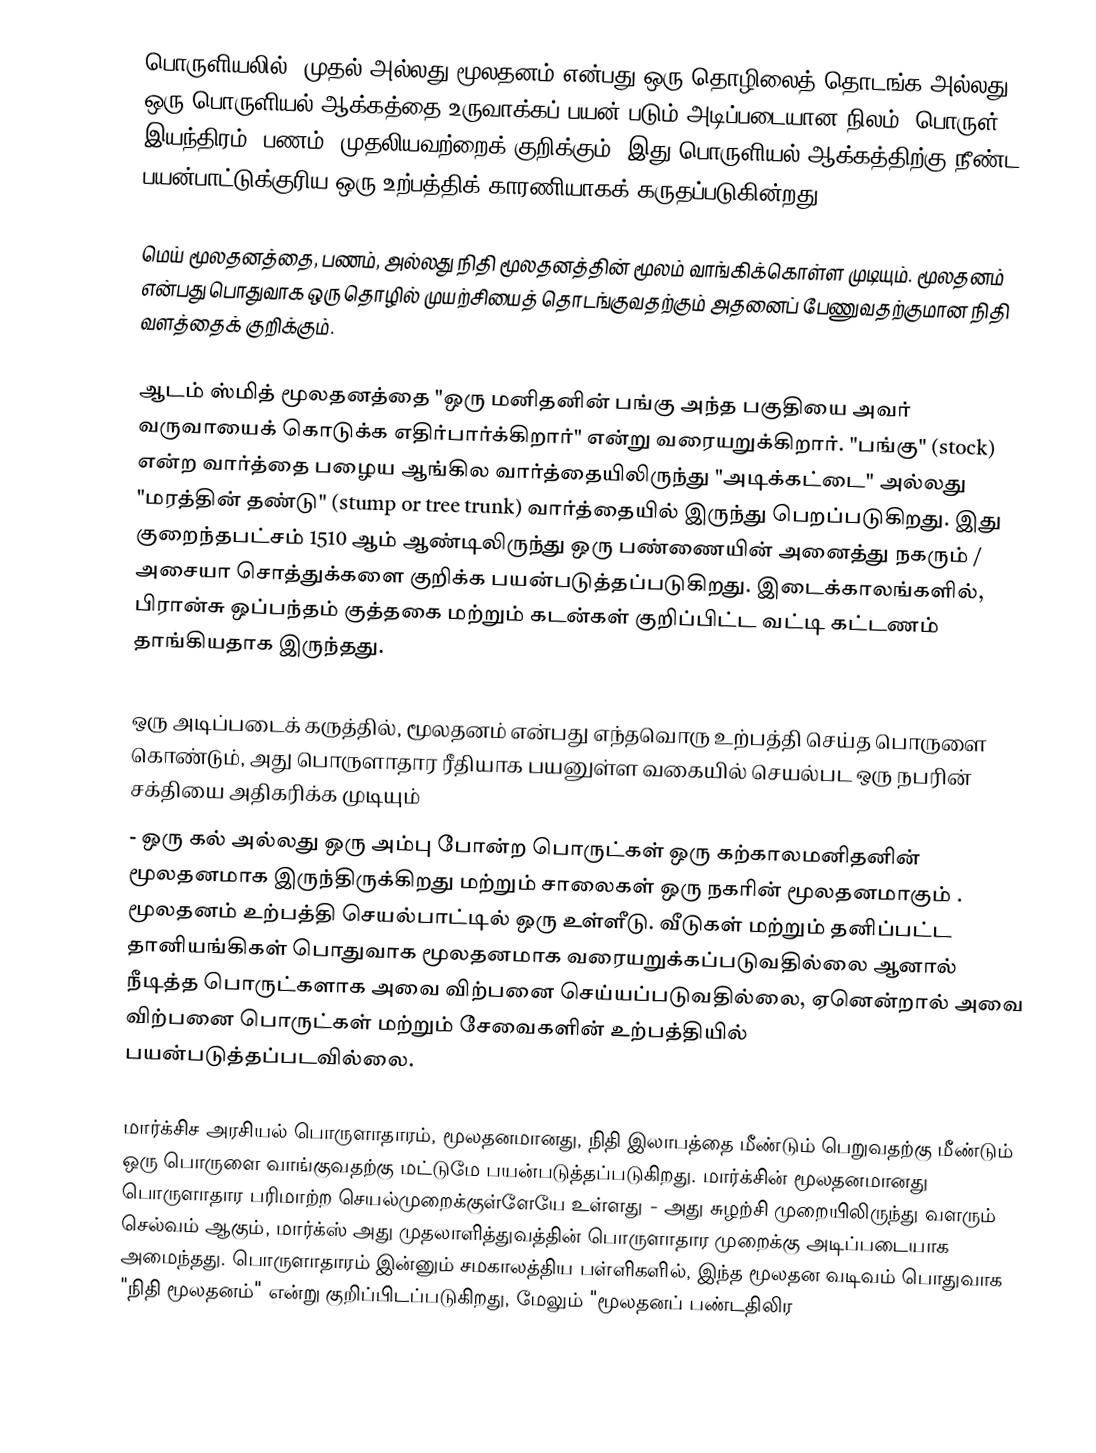
பொருளியலில், முதல் அல்லது மூலதனம் என்பது ஒரு தொழிலைத் தொடங்க அல்லது ஒரு பொருளியல் ஆக்கத்தை உருவாக்கப் பயன் படும் அடிப்படையான நிலம், பொருள், இயந்திரம், பணம், முதலியவற்றைக் குறிக்கும். இது பொருளியல் ஆக்கத்திற்கு நீண்ட பயன்பாட்டுக்குரிய ஒரு உற்பத்திக் காரணியாகக் கருதப்படுகின்றது.

மெய் மூலதனத்தை, பணம், அல்லது நிதி மூலதனத்தின் மூலம் வாங்கிக்கொள்ள முடியும். மூலதனம் என்பது பொதுவாக ஒரு தொழில் முயற்சியைத் தொடங்குவதற்கும் அதனைப் பேணுவதற்குமான நிதி வளத்தைக் குறிக்கும்.

ஆடம் ஸ்மித் மூலதனத்தை "ஒரு மனிதனின் பங்கு அந்த பகுதியை அவர் வருவாயைக் கொடுக்க எதிர்பார்க்கிறார்" என்று வரையறுக்கிறார். "பங்கு" (stock) என்ற வார்த்தை பழைய ஆங்கில வார்த்தையிலிருந்து "அடிக்கட்டை" அல்லது "மரத்தின் தண்டு" (stump or tree trunk) வார்த்தையில் இருந்து பெறப்படுகிறது. இது குறைந்தபட்சம் 1510 ஆம் ஆண்டிலிருந்து ஒரு பண்ணையின் அனைத்து நகரும் / அசையா சொத்துக்களை குறிக்க பயன்படுத்தப்படுகிறது. இடைக்காலங்களில், பிரான்சு ஒப்பந்தம் குத்தகை மற்றும் கடன்கள்  குறிப்பிட்ட வட்டி கட்டணம் தாங்கியதாக இருந்தது.

ஒரு அடிப்படைக் கருத்தில், மூலதனம் என்பது எந்தவொரு உற்பத்தி செய்த பொருளை கொண்டும், அது பொருளாதார ரீதியாக பயனுள்ள வகையில் செயல்பட ஒரு நபரின் சக்தியை அதிகரிக்க முடியும்
- ஒரு கல் அல்லது ஒரு அம்பு போன்ற பொருட்கள் ஒரு கற்காலமனிதனின் மூலதனமாக இருந்திருக்கிறது மற்றும் சாலைகள் ஒரு நகரின் மூலதனமாகும் . மூலதனம் உற்பத்தி செயல்பாட்டில் ஒரு உள்ளீடு. வீடுகள் மற்றும் தனிப்பட்ட  தானியங்கிகள்  பொதுவாக மூலதனமாக வரையறுக்கப்படுவதில்லை ஆனால் நீடித்த பொருட்களாக அவை விற்பனை செய்யப்படுவதில்லை, ஏனென்றால் அவை விற்பனை பொருட்கள் மற்றும் சேவைகளின் உற்பத்தியில் பயன்படுத்தப்படவில்லை.

மார்க்சிச அரசியல் பொருளாதாரம், மூலதனமானது, நிதி இலாபத்தை மீண்டும் பெறுவதற்கு மீண்டும் ஒரு பொருளை வாங்குவதற்கு மட்டுமே பயன்படுத்தப்படுகிறது. மார்க்சின் மூலதனமானது பொருளாதார பரிமாற்ற செயல்முறைக்குள்ளேயே உள்ளது - அது சுழற்சி முறையிலிருந்து வளரும் செல்வம் ஆகும், மார்க்ஸ் அது முதலாளித்துவத்தின் பொருளாதார முறைக்கு அடிப்படையாக அமைந்தது. பொருளாதாரம் இன்னும் சமகாலத்திய பள்ளிகளில், இந்த மூலதன வடிவம் பொதுவாக "நிதி மூலதனம்" என்று குறிப்பிடப்படுகிறது, மேலும் "மூலதனப் பண்டதிலிர